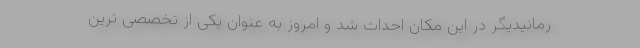
رمانیدیگر در این مکان احداث شد و امروز به عنوان یکی از تخصصی ترین‌